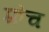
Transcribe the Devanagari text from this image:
फ़्रेच